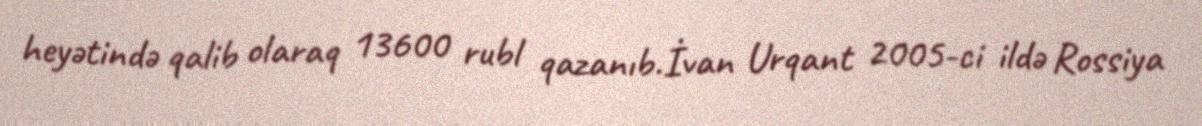
heyətində qalib olaraq 13600 rubl qazanıb.İvan Urqant 2005-ci ildə Rossiya